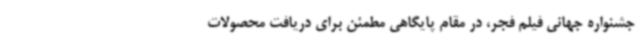
جشنواره جهانی فیلم فجر، در مقام پایگاهی مطمئن برای دریافت محصولات